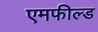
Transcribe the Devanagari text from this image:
एमफील्ड